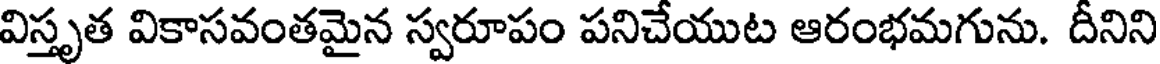
విస్తృత వికాసవంతమైన స్వరూపం పనిచేయుట ఆరంభమగును. దీనిని